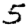
Digit: 5